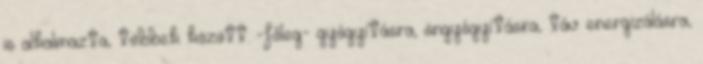
is alkalmazta, többek között: -főleg- gyógyításra, öngyógyításra, táv energizálásra,